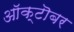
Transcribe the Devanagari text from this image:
आॅक्टॊबर